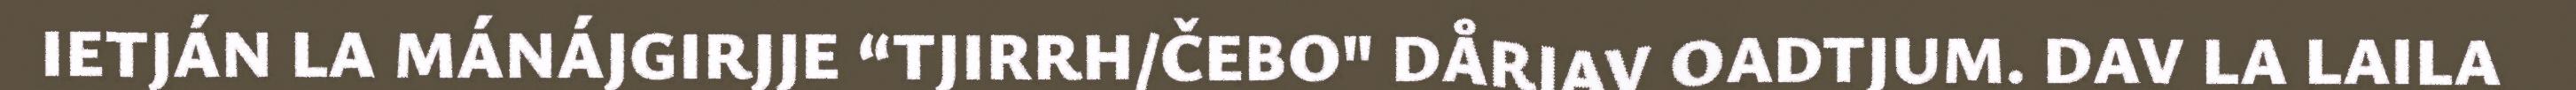
IETJÁN LA MÁNÁJGIRJJE “TJIRRH/ČEBO" DÅRJAV OADTJUM. DAV LA LAILA